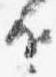
近